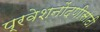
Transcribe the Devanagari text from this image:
प्रवेशनोंदणीसाठी